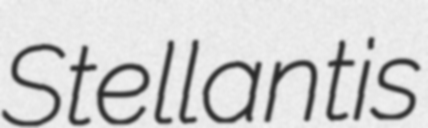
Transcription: Stellantis